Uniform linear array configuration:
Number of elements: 48
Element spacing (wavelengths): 0.25
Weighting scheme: uniform
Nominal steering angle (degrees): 30
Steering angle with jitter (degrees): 31.52
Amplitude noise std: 0.05
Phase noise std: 0.05

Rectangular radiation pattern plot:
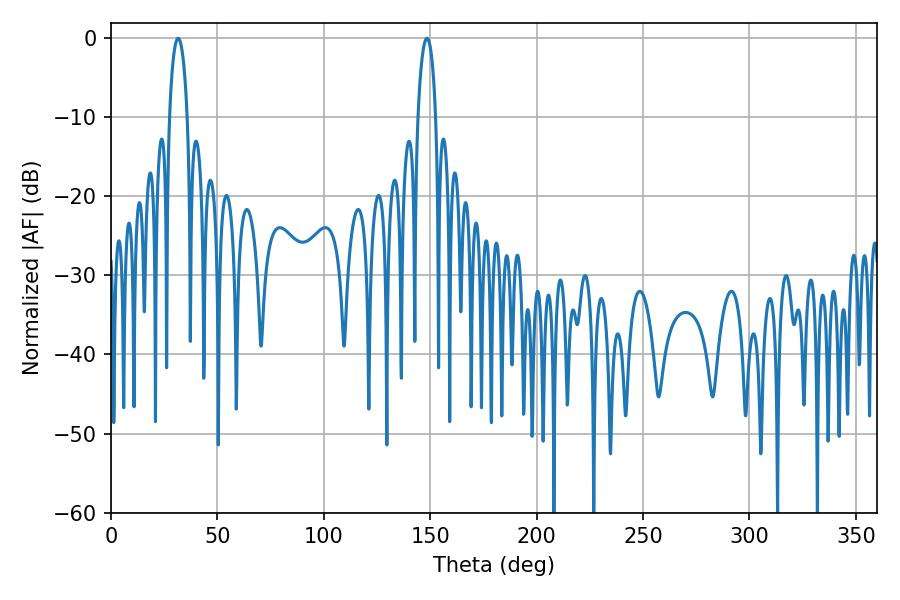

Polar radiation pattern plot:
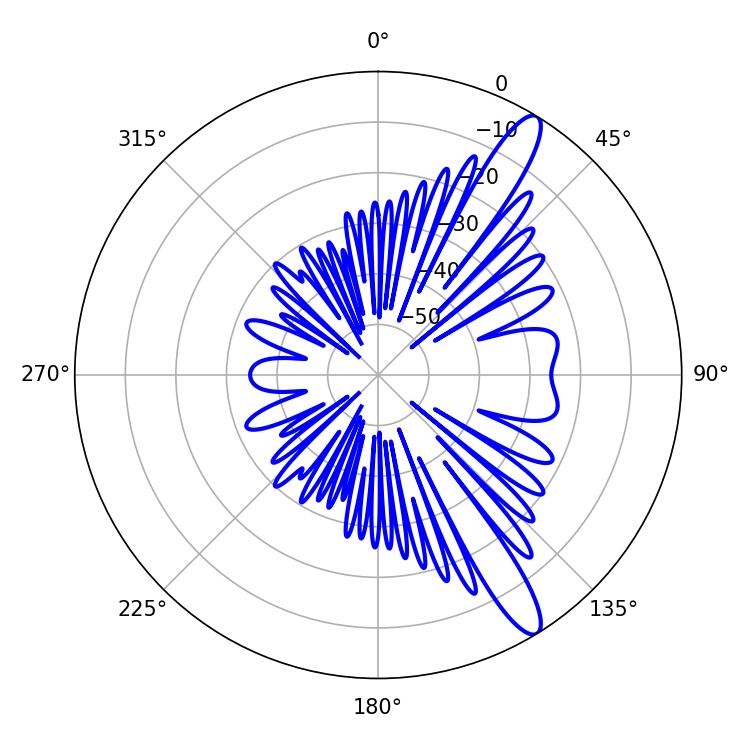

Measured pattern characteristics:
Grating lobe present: FALSE
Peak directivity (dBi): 12.857
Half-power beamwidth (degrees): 4.86
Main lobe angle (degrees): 31.5